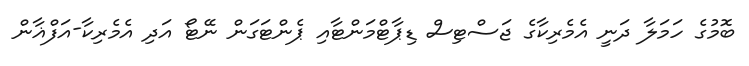
ބޮމުގެ ހަމަލާ ދަނީ އެމެރިކާގެ ޖަސްޓިސް ޑިޕާޓްމަންޓާއި ޕެންޓަގަން ނޭޓޯ އަދި އެމެރިކާ-އަފްޣާން